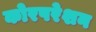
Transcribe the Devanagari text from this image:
कोरपरेशन